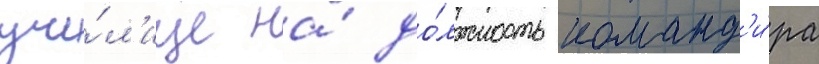
учи́л'ище на́ до́лжность команд'и́ра